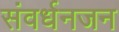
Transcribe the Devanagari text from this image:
संवर्धनजन